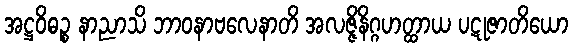
အဋ္ဌဝိဓဉ္စ နာညာသိ ဘာဝနာဗလေနာတိ အလဇ္ဇိနိဂ္ဂဟတ္ထာယ ပဋုဇာတိယော